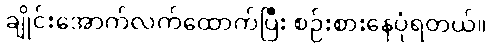
ချိုင်းအောက်လက်ထောက်ပြီး စဉ်းစားနေပုံရတယ်။